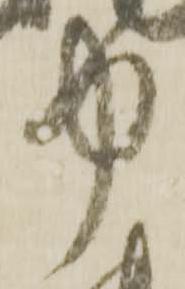
中